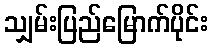
သျှမ်းပြည်မြောက်ပိုင်း